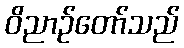
ဝိညာဉ်တော်သည်